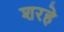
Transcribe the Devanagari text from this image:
शरहे